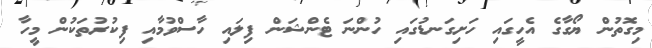
މިގޮތުން ޔޯގާގެ އެހީގައި ހަށިގަނޑުގައި ހުންނަ ޓެންޝަން ފިލައި ހާސްވުމާއި ފިކުރުތަކުން މީހާ